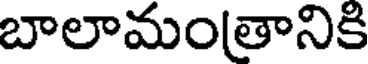
బాలామంతానికి